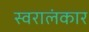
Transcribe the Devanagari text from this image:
स्वरालंकार